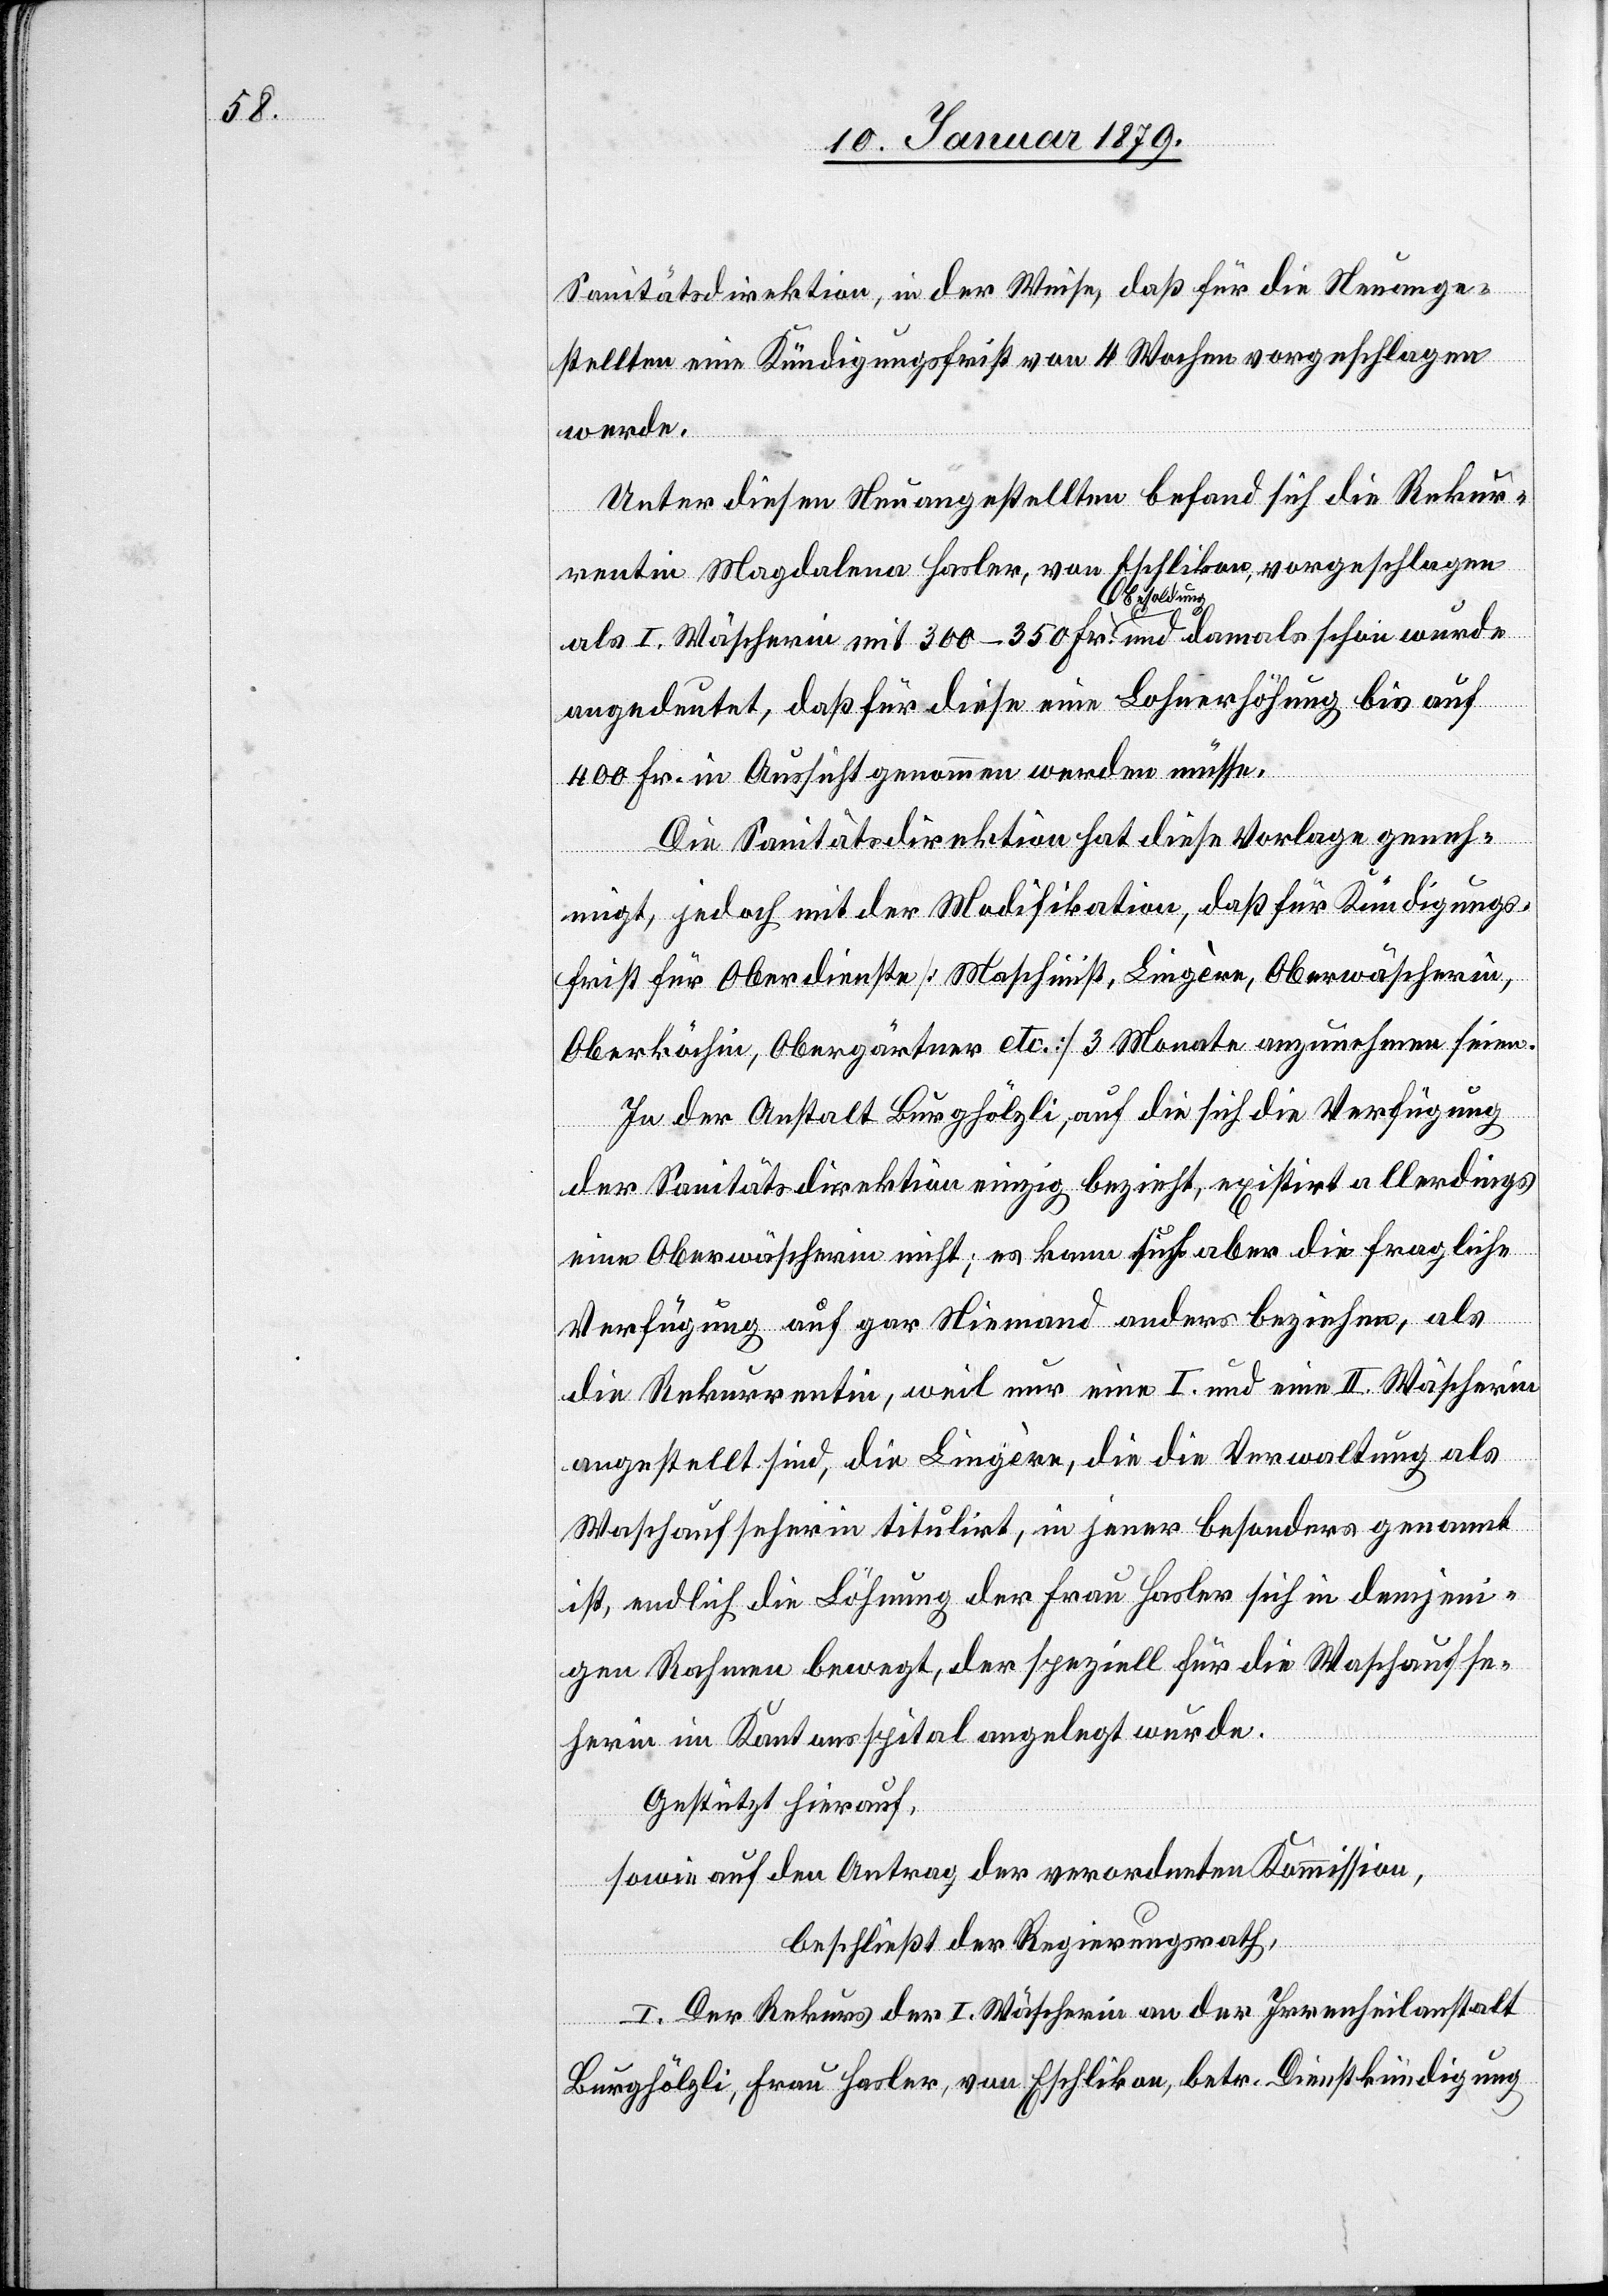
Sanitätsdirektion, in der Weise, daß für die Neuange¬
stellten eine Kündigungsfrist von 4 Wochen vorgeschlagen
werde.
Unter diesen Neuangestellten befand sich die Rekur¬
rentin Magdalena Hasler, von Eschlikon, vorgeschlagen
als I. Wäscherin mit 300–350 Fr. a-Besoldung-a und damals schon wurde
angedeutet, daß für diese eine Lohnerhöhung bis auf
400 Fr. in Aussicht genommen werden müsse.
Die Sanitätsdirektion hat diese Vorlage geneh¬
migt, jedoch mit der Modifikation, daß für Kündigungs¬
frist für Oberdienste [Maschinist, Lingère, Oberwäscherin,
Oberköchin, Obergärtner etc.] 3 Monate anzunehmen seien.
In der Anstalt Burghölzli, auf die sich die Verfügung
der Sanitätsdirektion einzig bezieht, existirt allerdings
eine Oberwäscherin nicht; es kann sich aber die fragliche
Verfügung auf gar niemand anders beziehen, als
die Rekurrentin, weil nur eine I. und eine II. Wäscherin
angestellt sind, die Lingère, die die Verwaltung als
Waschaufseherin titulirt, in jener besonders genannt
ist, endlich die Löhnung der Frau Hasler sich in demjeni¬
gen Rahmen bewegt, der speziell für die Waschaufse¬
herin im Kantonsspital angelegt wurde.
Gestützt hierauf,
sowie auf den Antrag der verordneten Kommission,
beschließt der Regierungsrath,
I. Der Rekurs der I. Wäscherin an der Irrenheilanstalt
Burghölzli, Frau Hasler, von Eschlikon, betr. Dienstkündigung